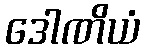
ဒေါဏိယံ